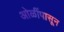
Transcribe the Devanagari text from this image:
ओळींपासून